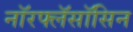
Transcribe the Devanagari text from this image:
नॉरफ्लॅसॉसिन